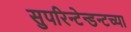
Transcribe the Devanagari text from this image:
सुपरिन्टेन्डन्टच्या